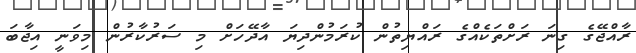
ރާއްޖޭގެ ގިނަ ރަށްތަކެއްގެ ރައްޔިތުން ކުރަމުންދިޔަ އާދޭހަށް މި ސަރުކާރުން މިވަނީ އިޖާބަ